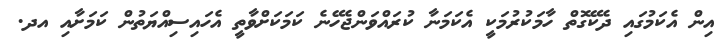
އިން އެކަމުގައި ދެކޭގޮތް ހާމަކުރުމަކީ އެކަމަނާ ކުރައްވަންޖެހޭނެ ކަމަކަށްވާތީ އެހައިސިއްޔަތުން ކަމަށާއި އދ.